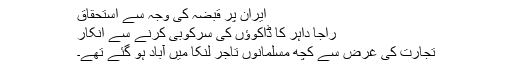
ایران پر قبضہ کی وجہ سے استحقاق
راجا داہر کا ڈاکوؤں کی سرکوبی کرنے سے انکار
تجارت کی غرض سے کچھ مسلمانوں تاجر لنکا میں آباد ہو گئے تھے۔